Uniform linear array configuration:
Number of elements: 8
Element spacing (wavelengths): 0.5
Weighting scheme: cosine
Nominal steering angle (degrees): -45
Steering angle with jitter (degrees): -43.288
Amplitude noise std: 0.05
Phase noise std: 0.05

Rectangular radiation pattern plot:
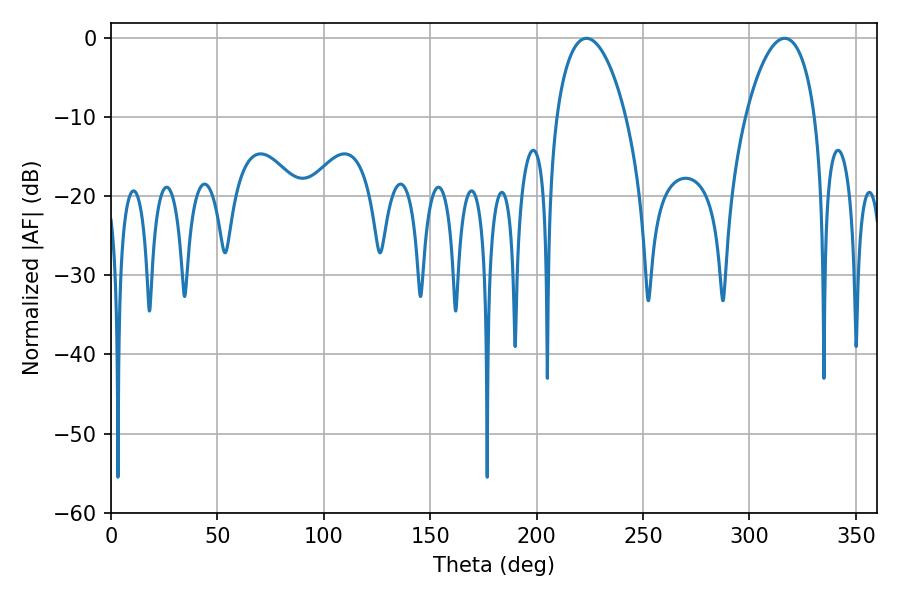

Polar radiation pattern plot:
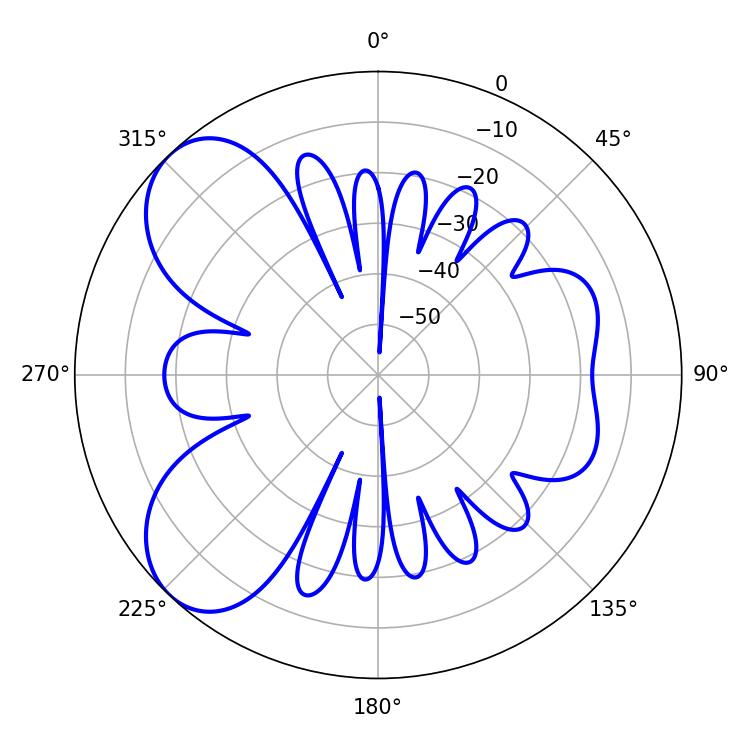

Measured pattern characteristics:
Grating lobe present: FALSE
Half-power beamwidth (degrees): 18.54
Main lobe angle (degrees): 223.38